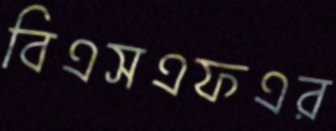
বিএসএফএর